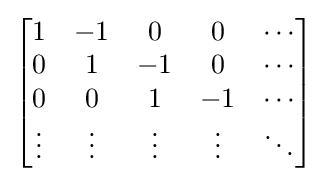
{\begin{bmatrix}1&-1&0&0&\cdots \\0&1&-1&0&\cdots \\0&0&1&-1&\cdots \\\vdots &\vdots &\vdots &\vdots &\ddots \end{bmatrix}}